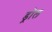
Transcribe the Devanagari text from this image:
ड्रोल